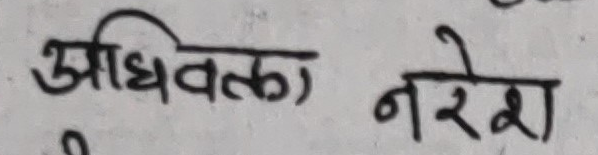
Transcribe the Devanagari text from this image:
अधिवक्ता नरेश